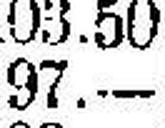
97.—